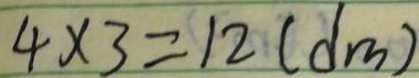
4 \times 3 = 1 2 ( d m )